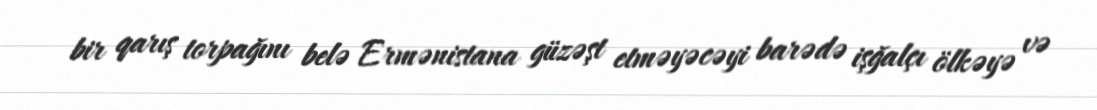
bir qarış torpağını belə Ermənistana güzəşt etməyəcəyi barədə işğalçı ölkəyə və